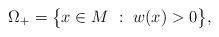
LaTeX: \begin{align*}\Omega_+ = \big\{ x \in M \ : \ w(x) > 0\big\},\end{align*}